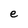
Character: e